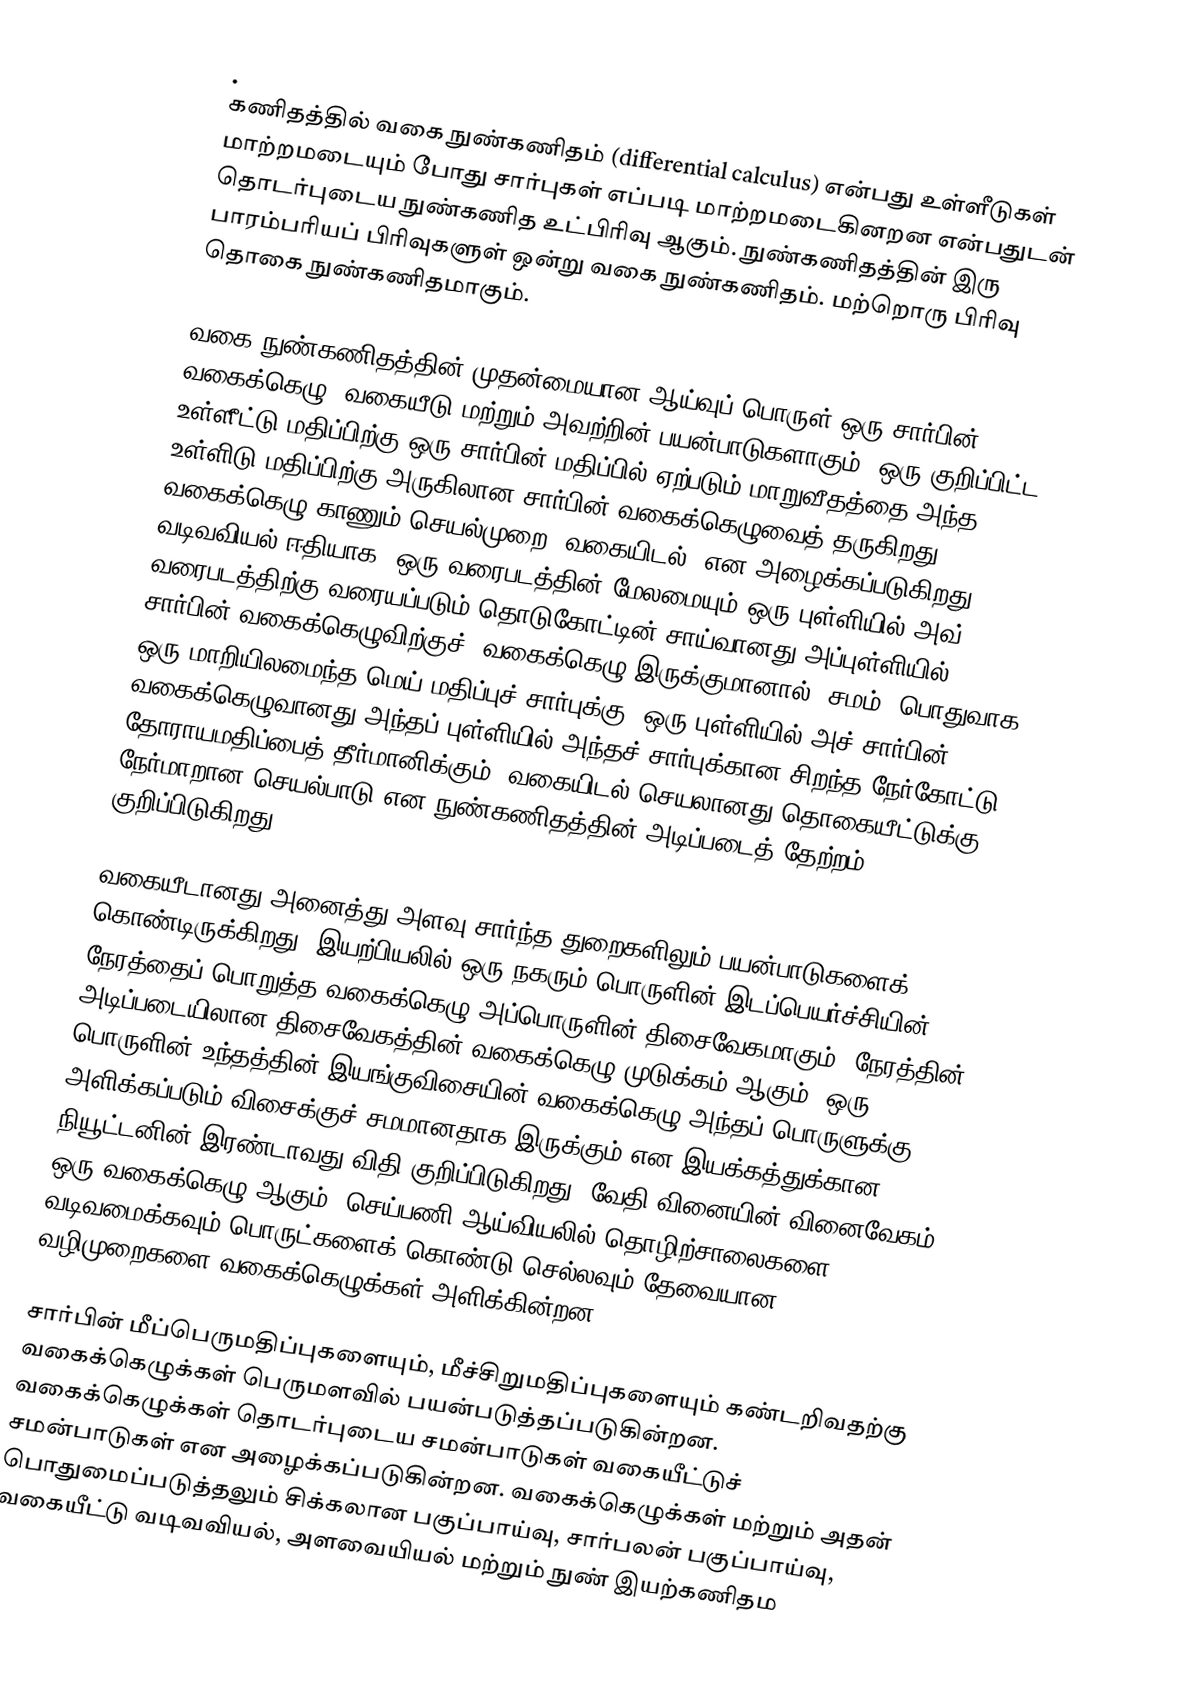
.
கணிதத்தில் வகை நுண்கணிதம் (differential calculus) என்பது உள்ளீடுகள் மாற்றமடையும் போது சார்புகள் எப்படி மாற்றமடைகினறன என்பதுடன் தொடர்புடைய நுண்கணித உட்பிரிவு ஆகும். நுண்கணிதத்தின் இரு பாரம்பரியப் பிரிவுகளுள் ஒன்று வகை நுண்கணிதம். மற்றொரு பிரிவு தொகை நுண்கணிதமாகும்.

வகை நுண்கணிதத்தின் முதன்மையான ஆய்வுப் பொருள் ஒரு சார்பின் வகைக்கெழு, வகையீடு மற்றும் அவற்றின் பயன்பாடுகளாகும். ஒரு குறிப்பிட்ட உள்ளீட்டு மதிப்பிற்கு ஒரு சார்பின் மதிப்பில் ஏற்படும் மாறுவீதத்தை அந்த உள்ளிடு மதிப்பிற்கு அருகிலான சார்பின் வகைக்கெழுவைத் தருகிறது. வகைக்கெழு காணும் செயல்முறை "வகையிடல்" என அழைக்கப்படுகிறது. வடிவவியல் ஈதியாக, ஒரு வரைபடத்தின் மேலமையும் ஒரு புள்ளியில் அவ் வரைபடத்திற்கு வரையப்படும் தொடுகோட்டின் சாய்வானது அப்புள்ளியில் சார்பின் வகைக்கெழுவிற்குச் (வகைக்கெழு இருக்குமானால்) சமம்.  பொதுவாக, ஒரு மாறியிலமைந்த மெய்-மதிப்புச் சார்புக்கு, ஒரு புள்ளியில் அச் சார்பின் வகைக்கெழுவானது அந்தப் புள்ளியில் அந்தச் சார்புக்கான சிறந்த நேர்கோட்டு தோராயமதிப்பைத் தீர்மானிக்கும்.  வகையிடல் செயலானது தொகையீட்டுக்கு நேர்மாறான செயல்பாடு என நுண்கணிதத்தின் அடிப்படைத் தேற்றம் குறிப்பிடுகிறது.

வகையீடானது அனைத்து அளவு சார்ந்த துறைகளிலும் பயன்பாடுகளைக் கொண்டிருக்கிறது. இயற்பியலில் ஒரு நகரும் பொருளின் இடப்பெயர்ச்சியின் நேரத்தைப் பொறுத்த வகைக்கெழு அப்பொருளின் திசைவேகமாகும். நேரத்தின் அடிப்படையிலான திசைவேகத்தின் வகைக்கெழு முடுக்கம் ஆகும். ஒரு பொருளின் உந்தத்தின் இயங்குவிசையின் வகைக்கெழு அந்தப் பொருளுக்கு அளிக்கப்படும் விசைக்குச் சமமானதாக இருக்கும் என இயக்கத்துக்கான நியூட்டனின் இரண்டாவது விதி குறிப்பிடுகிறது. வேதி வினையின் வினைவேகம் ஒரு வகைக்கெழு ஆகும். செய்பணி ஆய்வியலில் தொழிற்சாலைகளை வடிவமைக்கவும் பொருட்களைக் கொண்டு செல்லவும் தேவையான  வழிமுறைகளை வகைக்கெழுக்கள் அளிக்கின்றன.

சார்பின் மீப்பெருமதிப்புகளையும், மீச்சிறுமதிப்புகளையும் கண்டறிவதற்கு வகைக்கெழுக்கள் பெருமளவில் பயன்படுத்தப்படுகின்றன. வகைக்கெழுக்கள் தொடர்புடைய சமன்பாடுகள் வகையீட்டுச் சமன்பாடுகள் என அழைக்கப்படுகின்றன.  வகைக்கெழுக்கள் மற்றும் அதன் பொதுமைப்படுத்தலும் சிக்கலான பகுப்பாய்வு, சார்பலன் பகுப்பாய்வு, வகையீட்டு வடிவவியல், அளவையியல் மற்றும் நுண் இயற்கணிதம